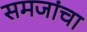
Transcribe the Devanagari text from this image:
समजांचा